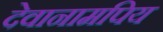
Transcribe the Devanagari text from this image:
देवानामपिय